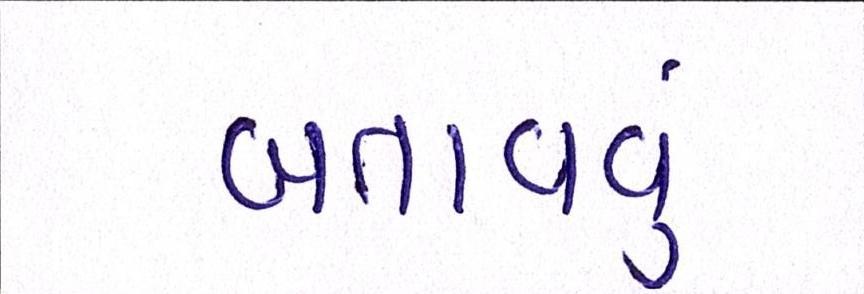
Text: બતાવતું